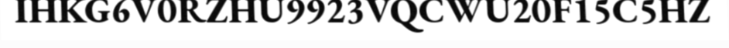
IHKG6V0RZHU9923VQCWU20F15C5HZ